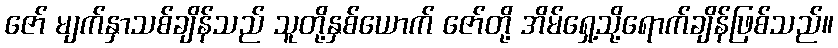
ဇော် မျက်နှာသစ်ချိန်သည် သူတို့နှစ်ယောက် ဇော်တို့ အိမ်ရှေ့သို့ရောက်ချိန်ဖြစ်သည်။